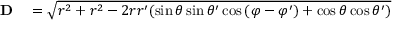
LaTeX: \begin{array} { r l } { { \mathbf { D } } } & { { } = { \sqrt { r ^ { 2 } + r ^ { 2 } - 2 r r ^ { \prime } ( \sin { \theta } \sin { \theta ^ { \prime } } \cos { ( \varphi - \varphi ^ { \prime } ) } + \cos { \theta } \cos { \theta ^ { \prime } } ) } } } \end{array}